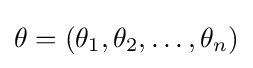
\theta =(\theta _{1},\theta _{2},\ldots ,\theta _{n})